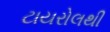
ટાયરોલથી